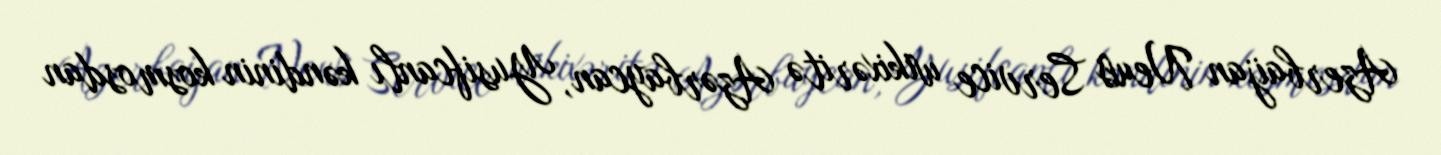
Azerbaijan News Service wikixəritə Azərbaycan, Yusifcanlı kəndinin kosmosdan